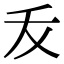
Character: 叐